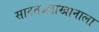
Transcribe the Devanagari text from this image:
सादतउल्लाखानाला